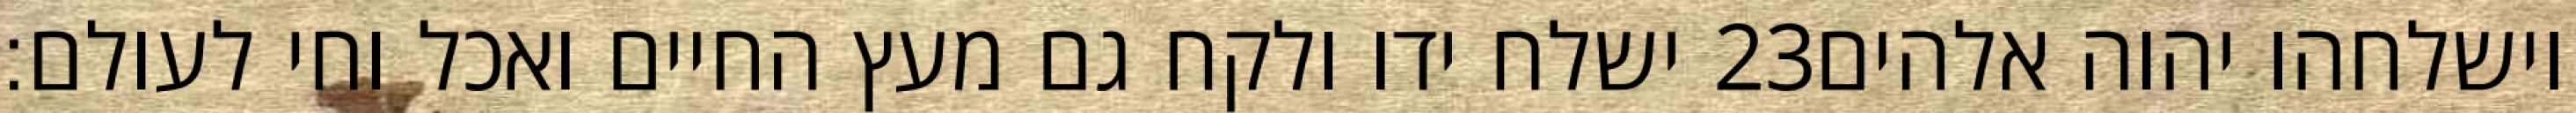
ישלח ידו ולקח גם מעץ החיים ואכל וחי לעולם׃ ‎23‏ וישלחהו יהוה אלהים